Report on the cholera epidemic of
Year: 1868
Disease focus: Cholera
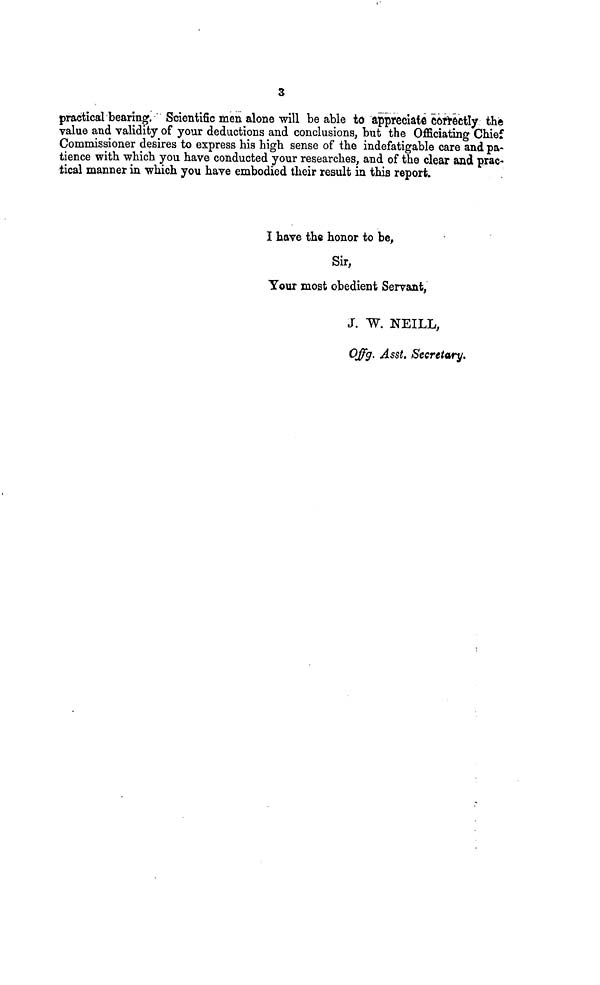
3
practical bearing. Scientific men alone will be able to appreciate correctly the
value and validity of your deductions and conclusions, but the Officiating Chief
Commissioner desires to express his high, sense of the indefatigable care and pa-
tience with which you have conducted your researches, and of the clear and prac-
tical manner in which you have embodied their result in this report.
I have the honor to be,
Sir,
Your most obedient Servant,
J. W. NEILL,
Offg. Asst. Secretary.